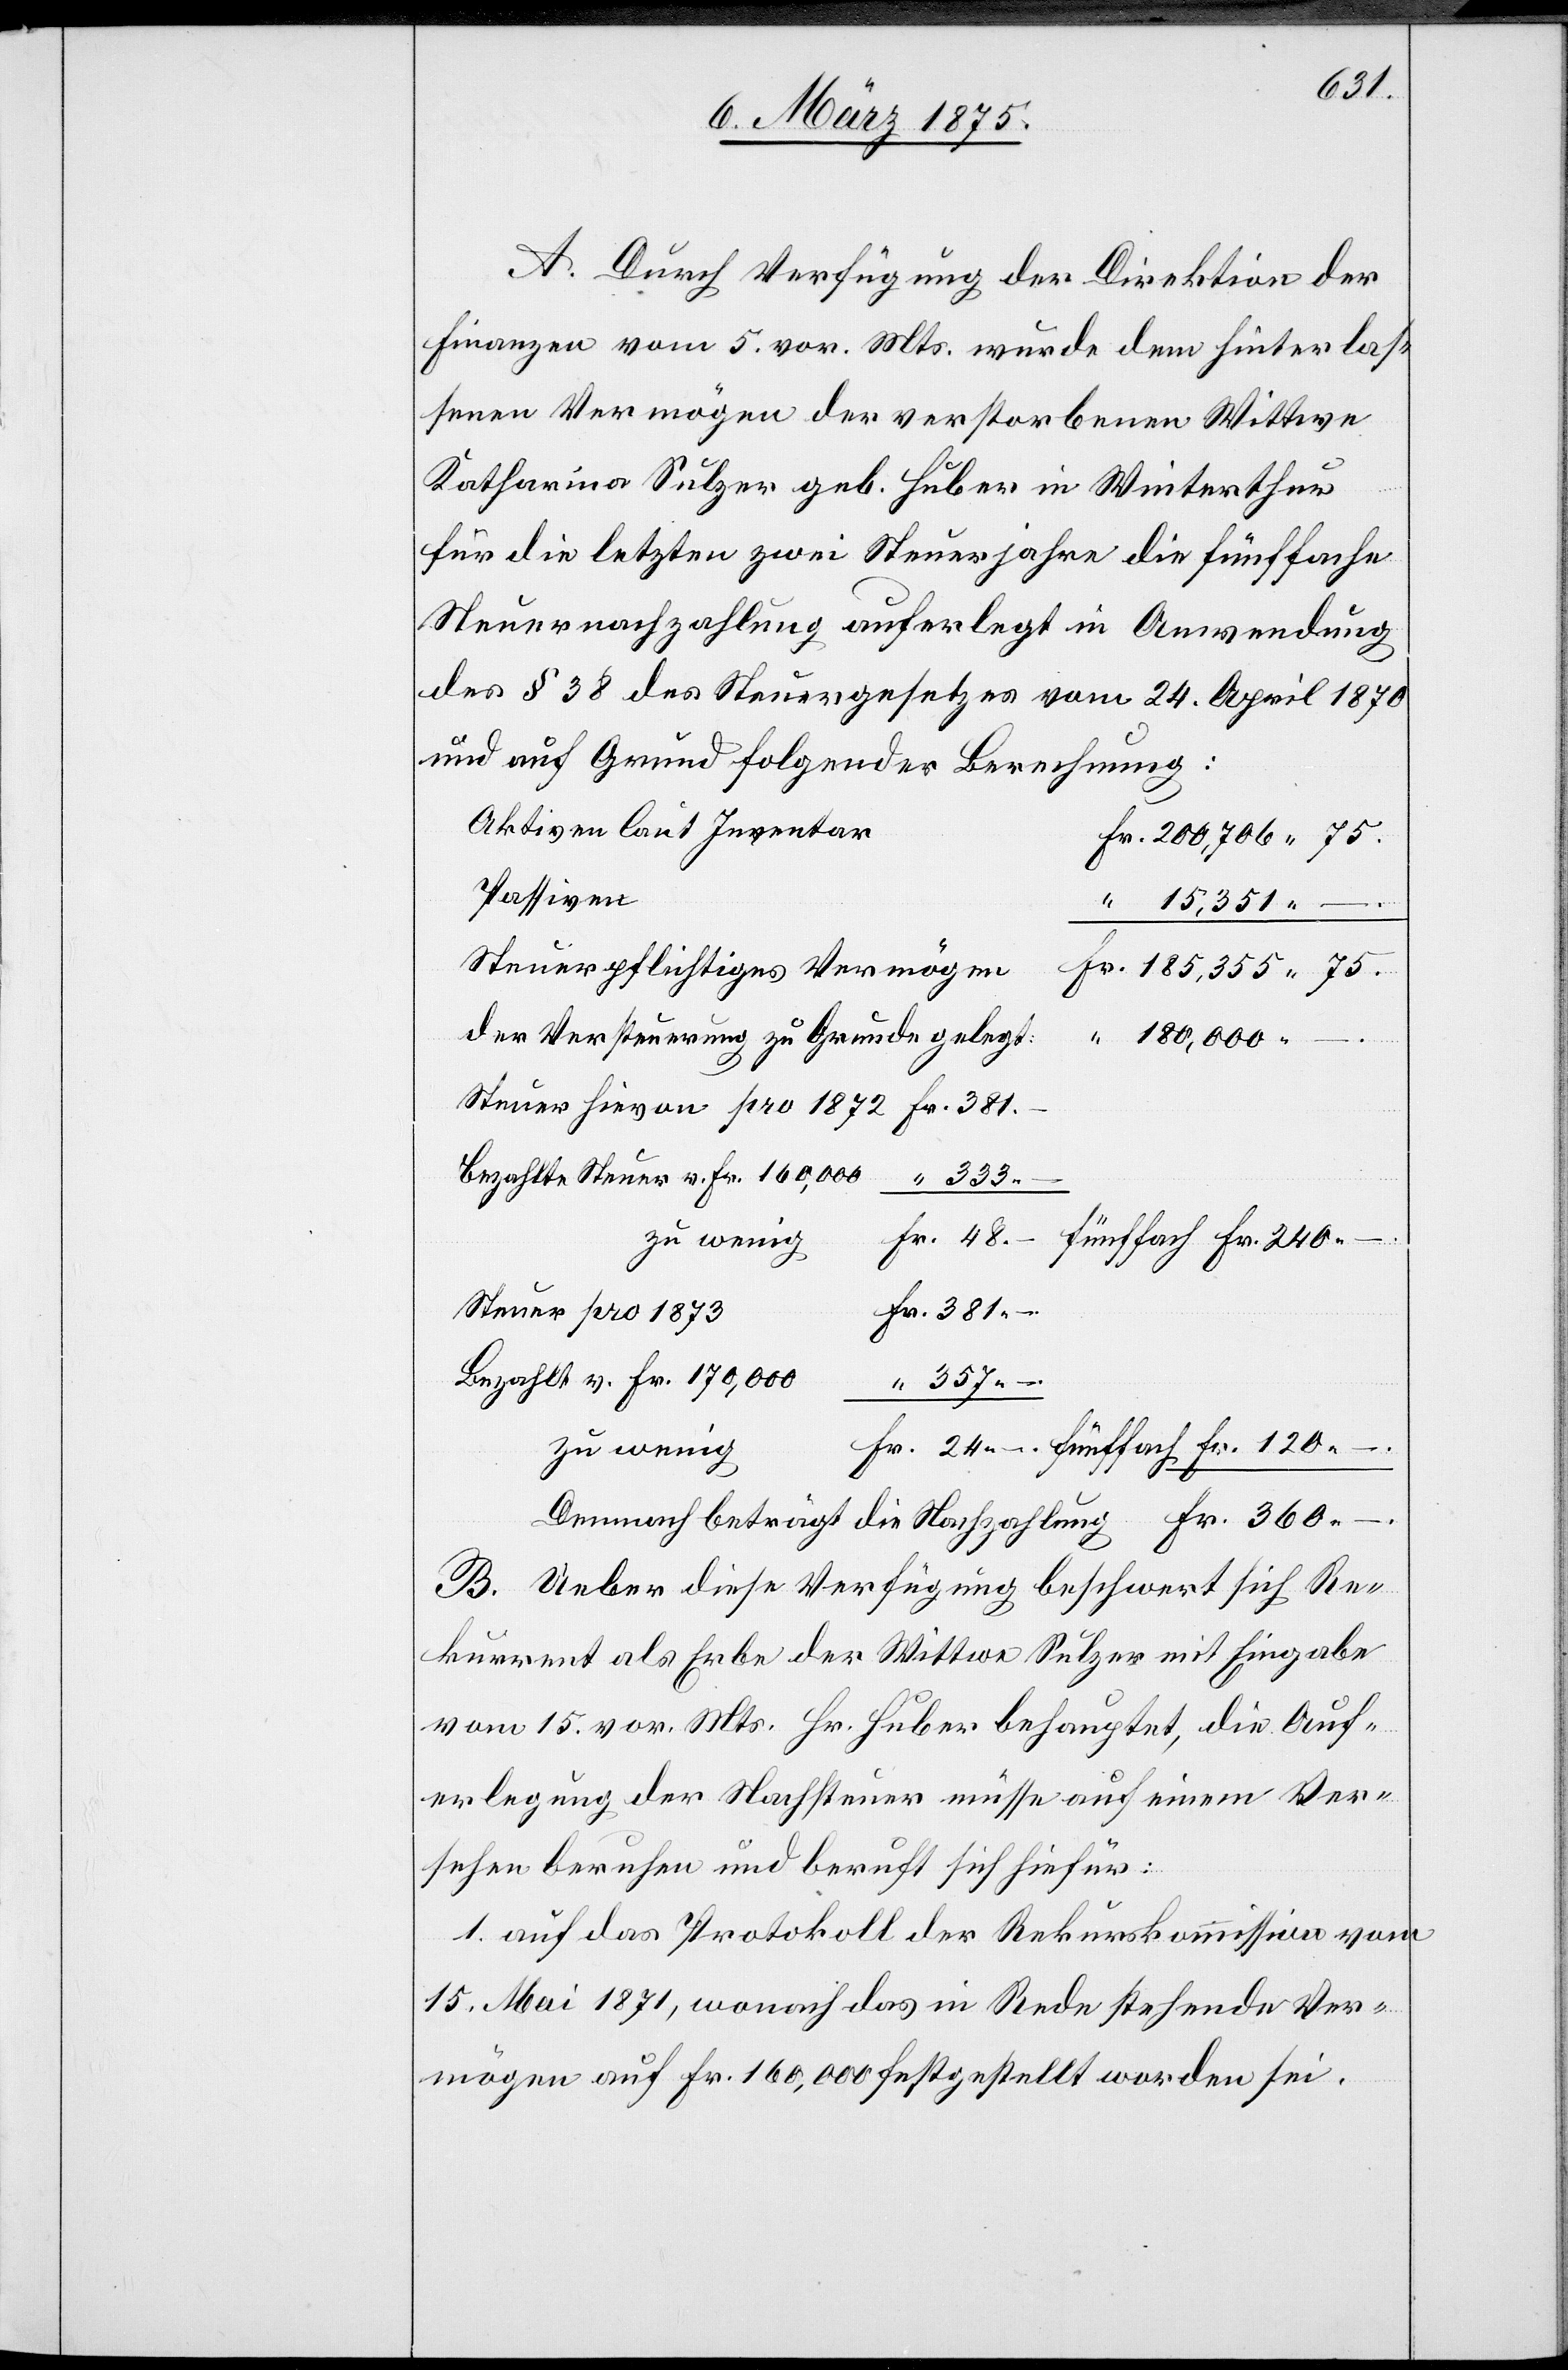
381
A. Durch Verfügung der Direktion der
Finanzen vom 5. vor. Mts. wurde dem hinterlas¬
senen Vermögen der Verstorbenen Wittwe
Katharina Sulzer geb. Huber in Winterthur
für die letzten zwei Steuerjahre die fünffache
Steuernachzahlung auferlegt in Anwendung
des § 38 des Steuergesetzes vom 24. April 1878
und auf Grund folgender Berechnung:
Aktiven laut Inventar
Passive
“
15,351 –.
Der Versteuerung zu Grunde gelegt:
180,000 –.
Bezahlte Steuer v. Fr. 160,000
333 –
zu wenig
Fr. 360 –
Steuer pro 1873
Bezahlt v. Fr. 170,000
357 –
B. Ueber diese Verfügung beschwert sich Re¬
kurrent als Erbe der Wittwe Sulzer mit Eingabe
vom 15. vor. Mts. Hr. Huber behauptet, die Auf¬
erlegung der Nachsteuer müsse auf einem Ver¬
sehen beruhen und beruft sich hiefür:
1. auf das Protokoll der Rekurskommission vom
15. Mai 1871, wonach das in Rede stehende Ver¬
mögen auf Fr. 160,000 festgestellt worden sei.